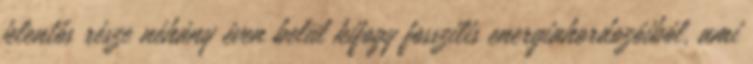
jelentős része néhány éven belül kifogy fosszilis energiahordozóiból, ami